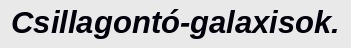
Csillagontó-galaxisok.